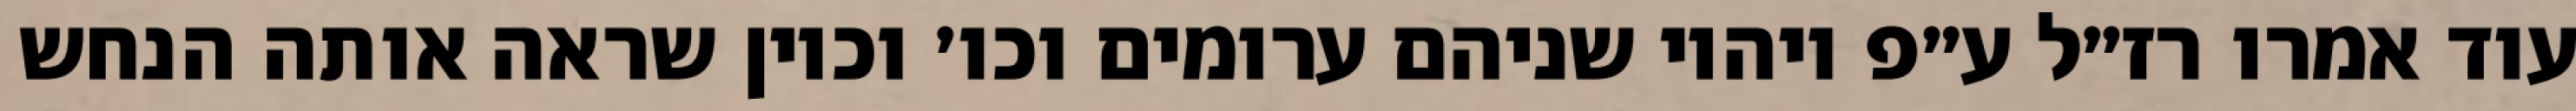
עוד אמרו רז״ל ע״פ ויהיו שניהם ערומים וכו׳ וכיון שראה אותה הנחש